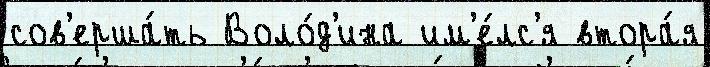
сов'ерша́ть Воло́д'ина им'е́лс'я втора́я